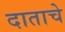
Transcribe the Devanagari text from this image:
दाताचे